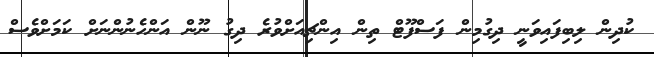
ކުދިން ލިބިފައިވަނީ ދިގުމިން ފަސްފޫޓް ތިން އިންޗިއަށްވުރެ ދިގު ނޫން އަންހެނުންނަށް ކަމަށްވެސް